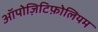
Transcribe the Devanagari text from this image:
ऑपोज़िटिफ़ोलियम